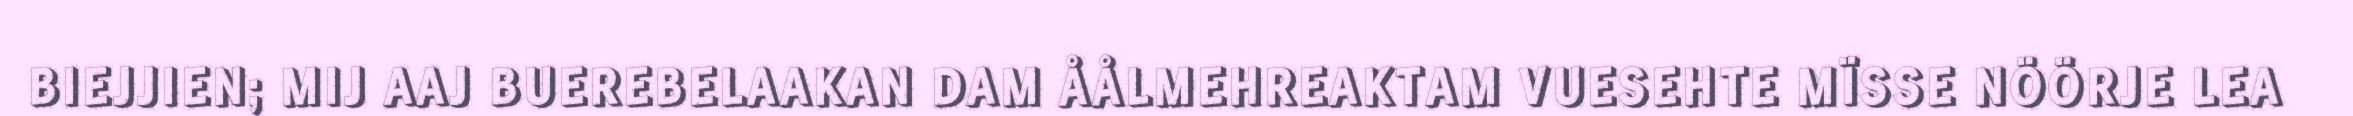
BIEJJIEN; MIJ AAJ BUEREBELAAKAN DAM ÅÅLMEHREAKTAM VUESEHTE MÏSSE NÖÖRJE LEA